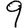
Digit: 9